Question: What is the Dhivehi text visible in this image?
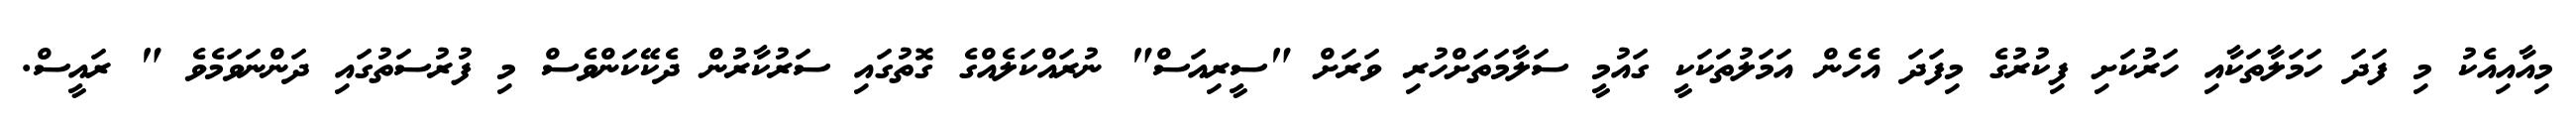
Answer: މިއާއިއެކު މި ފަދަ ހަމަލާތަކާއި ހަރުކަށި ފިކުރުގެ މިފަދަ އެހެން އަމަލުތަކަކީ ގައުމީ ސަލާމަތަށްހުރި ވަރަށް "ސީރިއަސް" ނުރައްކަލެއްގެ ގޮތުގައި ސަރުކާރުން ދެކޭކަންވެސް މި ފުރުސަތުގައި ދަންނަވަމެވެ " ރައީސް.